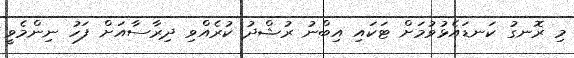
މި ރޮނގު ކަނޑައެޅުވުމަށް ޓަކައި އިބްނު ރުޝްދު ކުރެއްވި ދިރާސާއަށް ފަހު ނިންމެވީ